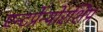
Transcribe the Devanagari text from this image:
एन्टर्प्रेन्योरशिप